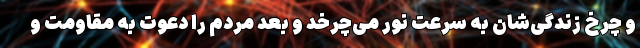
و چرخ زندگی‌شان به سرعت نور می‌چرخد و بعد مردم را دعوت به مقاومت و